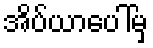
အိပ်ယာပေါ်မှ